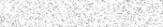
٢٥